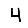
Digit: 4